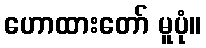
ဟောထားတော် မူပုံ။